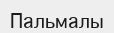
Пальмалы